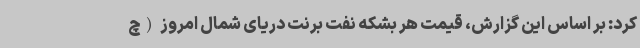
کرد: بر اساس این گزارش، قیمت هر بشکه نفت برنت دریای شمال امروز (چ